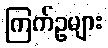
ကြက်ဥများ